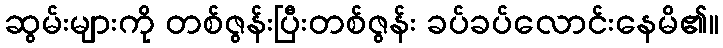
ဆွမ်းများကို တစ်ဇွန်းပြီးတစ်ဇွန်း ခပ်ခပ်လောင်းနေမိ၏။